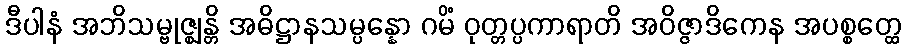
ဒီပါနံ အဘိသမ္ဗုဇ္ဈန္တိ အဓိဋ္ဌာနသမ္ပန္နော ဂမိံ ဝုတ္တပ္ပကာရာတိ အဝိဇ္ဇာဒိကေန အပစ္စတ္ထေ